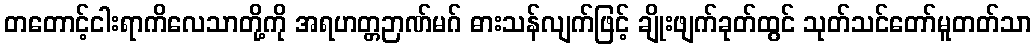
တတောင့်ငါးရာကိလေသာတို့ကို အရဟတ္တဉာဏ်မဂ် ဓားသန်လျက်ဖြင့် ချိုးဖျက်ခုတ်ထွင် သုတ်သင်တော်မူတတ်သာ